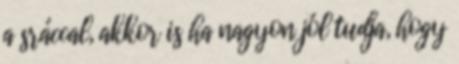
a sráccal, akkor is ha nagyon jól tudja, hogy